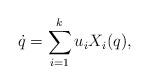
LaTeX: \begin{align*}\dot{q}=\sum_{i=1}^{k} u_i X_i(q),\end{align*}